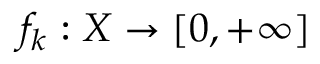
f _ { k } : X \to [ 0 , + \infty ]